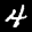
Label: 4